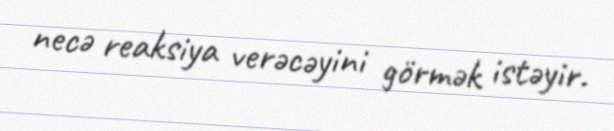
necə reaksiya verəcəyini görmək istəyir.